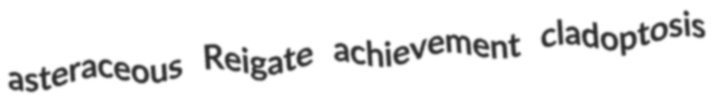
asteraceous Reigate achievement cladoptosis